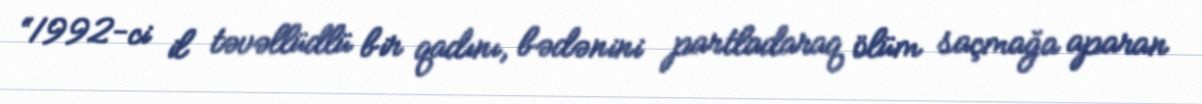
“1992-ci il təvəllüdlü bir qadını, bədənini partladaraq ölüm saçmağa aparan